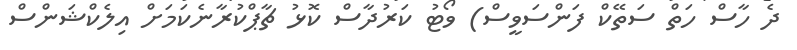
ދެ ހާސް ހަތް ސަތޭކް ފަންސަވީސް) ވޯޓު ކަރުދާސް ކޮޅު ޗާޕްކުރާނެކަމަށް އިލެކްޝަންސް